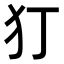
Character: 𭷸